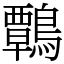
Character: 鷣